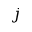
j